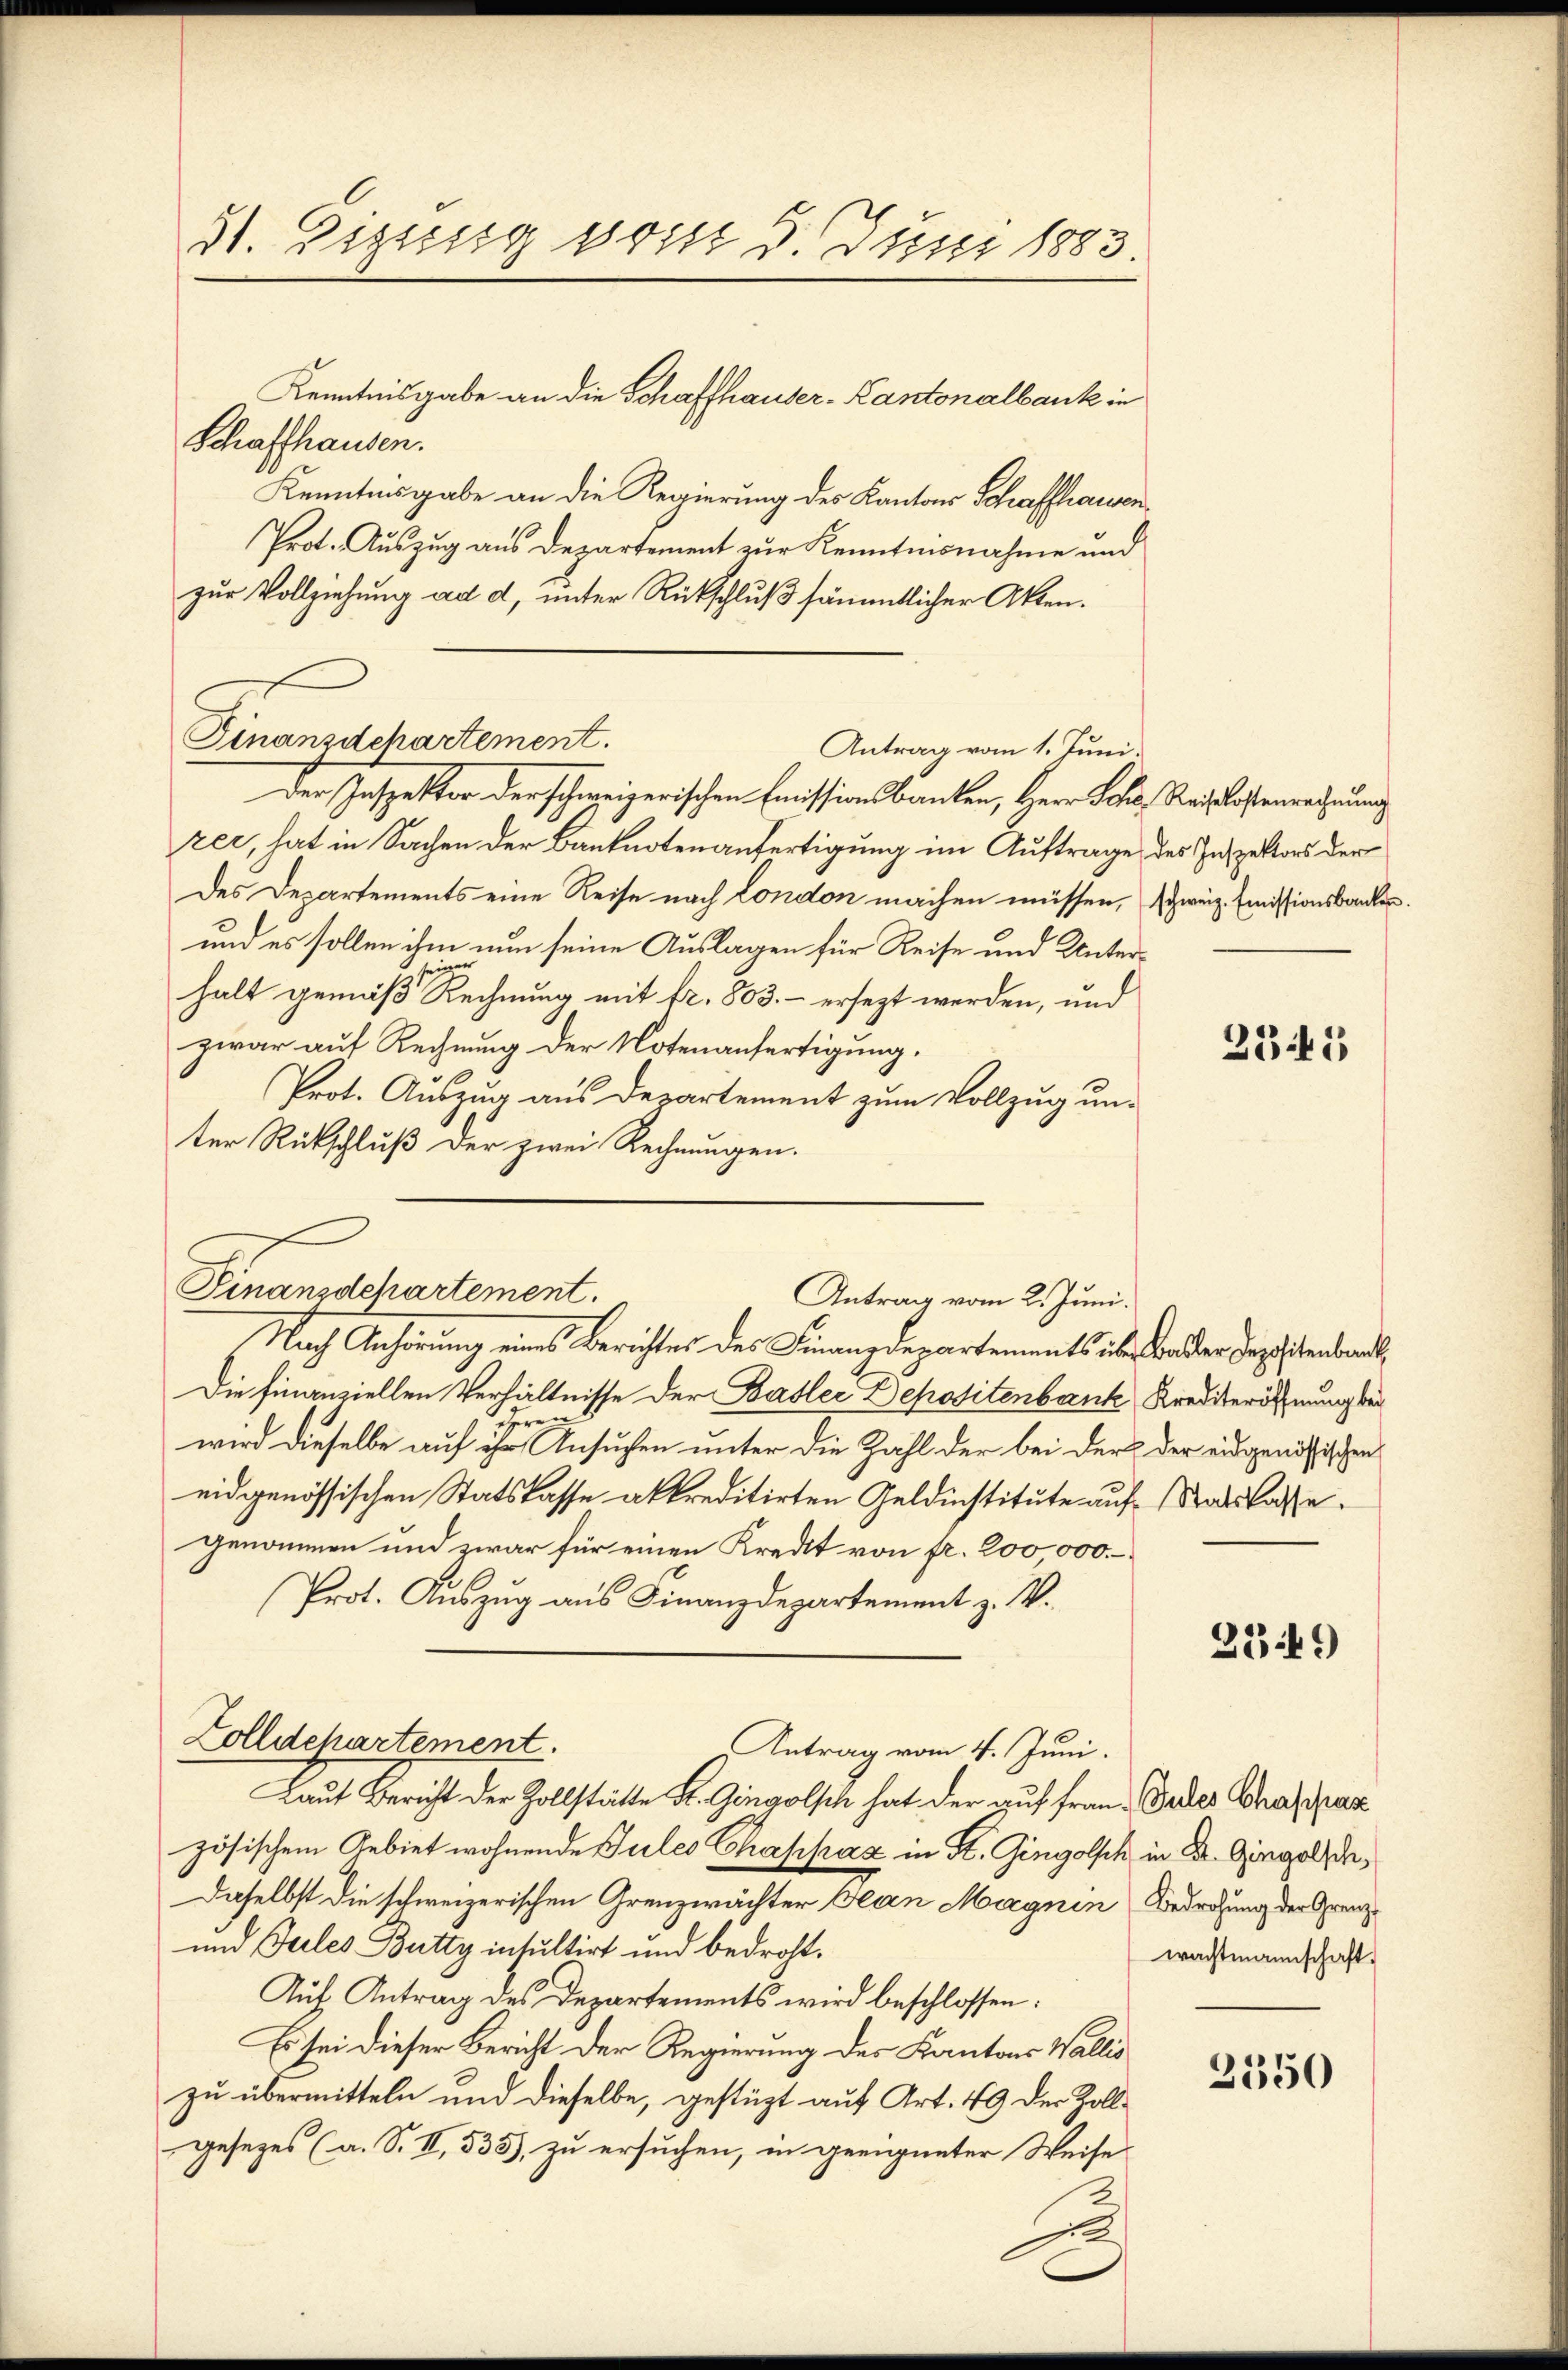
51. Eigissig post 3. Juni 1883

Schaffhausen.
Kenntnisgabe an die Regierung des Kantons Schaffhausen¬
Prot. Auszug aus Departement zur Kenntnisnahme und
zur Vollziehung ad d, unter Rückschluß sämmtlicher Akten.

Kenntnisgabe an die Schaffhauser-Kantonalbank in

Finanzdchartement.
Antrag vom 1. Juni.

Der Inspektor der schweizerischen Emissionsbanken, Herr Joha, Salistenrechnung
zer, hat in Sachen der Banknotenanfertigung im Auftrage des Inspektors der
des Departements eine Reise nach London machen müssen, schweiz. Emissionsbanken.
und es sollen ihm nun seine Auslagen für Reise und Unterin
halt gemäß Rechnung mit fr. 803. ersezt werden, und
zwar auf Rechnung der Notenanfertigung.
Prot. Auszug aus Departement zum Vollzug unter Rückschluß der zwei Rechnungen.
Nach Anhörung eines Berichtes des Finanzdepartements überwander Teppistenbac
Die finanziellen Verhältnisse der Basler Depositenbank Krediteröfnung bei
r
wird dieselbe auf ihr Ansuchen unter die Zahl der bei der der eidgenössischen
eidgenössischen Statskasse akkreditirten Geldinstitute auf Statslasse.
genommen und zwar für einen Kredit von fr. 200 000.
Prot. Aŭszŭg aŭs Finanzdepartement z. V.
Zolldepartement.
Antrag vom 4. Juni.
Laut Bericht der Zollstätte Hr. Gingolsch hat der auf Frau. Indes Chafraz
zösischem Gebiet wohnende Tules Chappaz in K. Gingolsch in Dr. Gingolde¬
Daselbst die schweizerischen Grenzwächter Jean Magnin Bedrohung der Grenz¬
und Jeles Butty intultirt und bedroht.
Auf Antrag des Departements wird beschlossen:
Es sei dieser Bericht der Regierung des Kantons Wallis
zu übermitteln und dieselbe, gestüzt auf Art. 49 der Zollgesezes (a. S. II, 533), zu ersuchen, in geeigneter Weise

Finanzdepartement.
Antrag vom 2. Juni.

2341

2349

wachtmannschaft.

2350